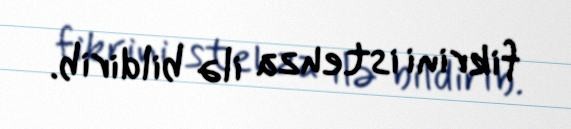
fikrini istehza ilə bildirib.